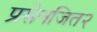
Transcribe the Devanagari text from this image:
प्रसेनजित२